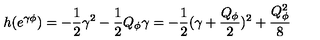
h ( e ^ { \gamma \phi } ) = - { \frac { 1 } { 2 } } \gamma ^ { 2 } - { \frac { 1 } { 2 } } Q _ { \phi } \gamma = - { \frac { 1 } { 2 } } ( \gamma + { \frac { Q _ { \phi } } { 2 } } ) ^ { 2 } + { \frac { Q _ { \phi } ^ { 2 } } { 8 } }